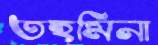
তহমিনা